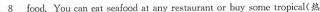
\underline{8} food. You can cat seafccel at any restaurant or buy some tropical( 热